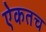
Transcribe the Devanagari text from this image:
ऐकतच